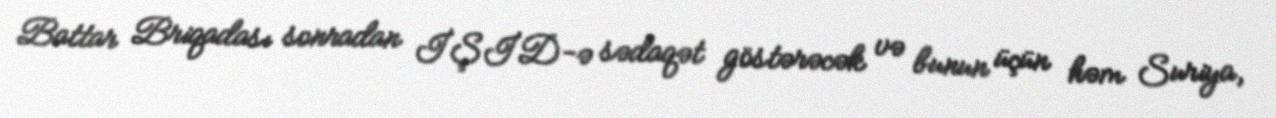
Battar Briqadası sonradan İŞİD-ə sədaqət göstərəcək və bunun üçün həm Suriya,